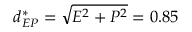
d _ { E P } ^ { * } = \sqrt { E ^ { 2 } + P ^ { 2 } } = 0 . 8 5